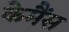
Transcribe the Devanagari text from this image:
केमैंस